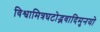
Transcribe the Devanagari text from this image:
विश्वामित्रघटोद्भवादिमुनयो